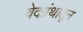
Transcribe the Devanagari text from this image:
वेदग्रंथांतून